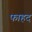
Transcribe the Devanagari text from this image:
फाहद